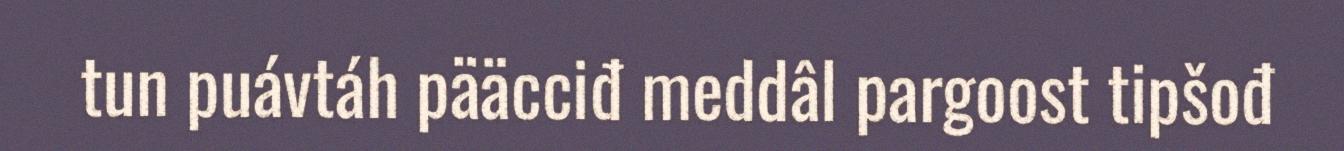
tun puávtáh pääcciđ meddâl pargoost tipšođ